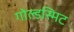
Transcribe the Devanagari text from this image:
गोल्डस्मिट